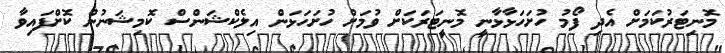
މޮނިޓަރުކަމަށް އެދި ފޯމު ހުށަހަޅާޅާނީ މޮނީޓަރަކަށް ވުމަށް ހުށަހަޅަން އިލެކްޝަންސް ކޮމިޝަނުން ކޮށްފައިވާ